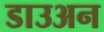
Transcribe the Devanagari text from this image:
डाउअन